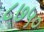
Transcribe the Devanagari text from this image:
८७५०